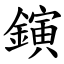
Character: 鏔